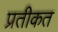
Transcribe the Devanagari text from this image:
प्रतीकत